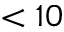
< 1 0